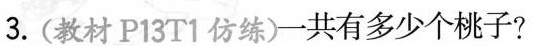
3.(教材P13T1仿练)共有多少个桃子?